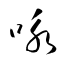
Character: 咏